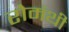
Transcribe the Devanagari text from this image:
रोमंथी